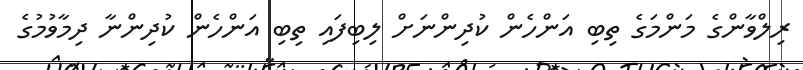
ރިލްވާންގެ މަންމަގެ ތިބި އަންހެން ކުދިންނަށް ލިބިފައި ތިބި އަންހެން ކުދިންނާ ދިމާވުމުގެ